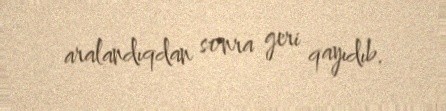
aralandıqdan sonra geri qayıdıb.